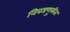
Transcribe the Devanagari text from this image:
निवडणु्कीत